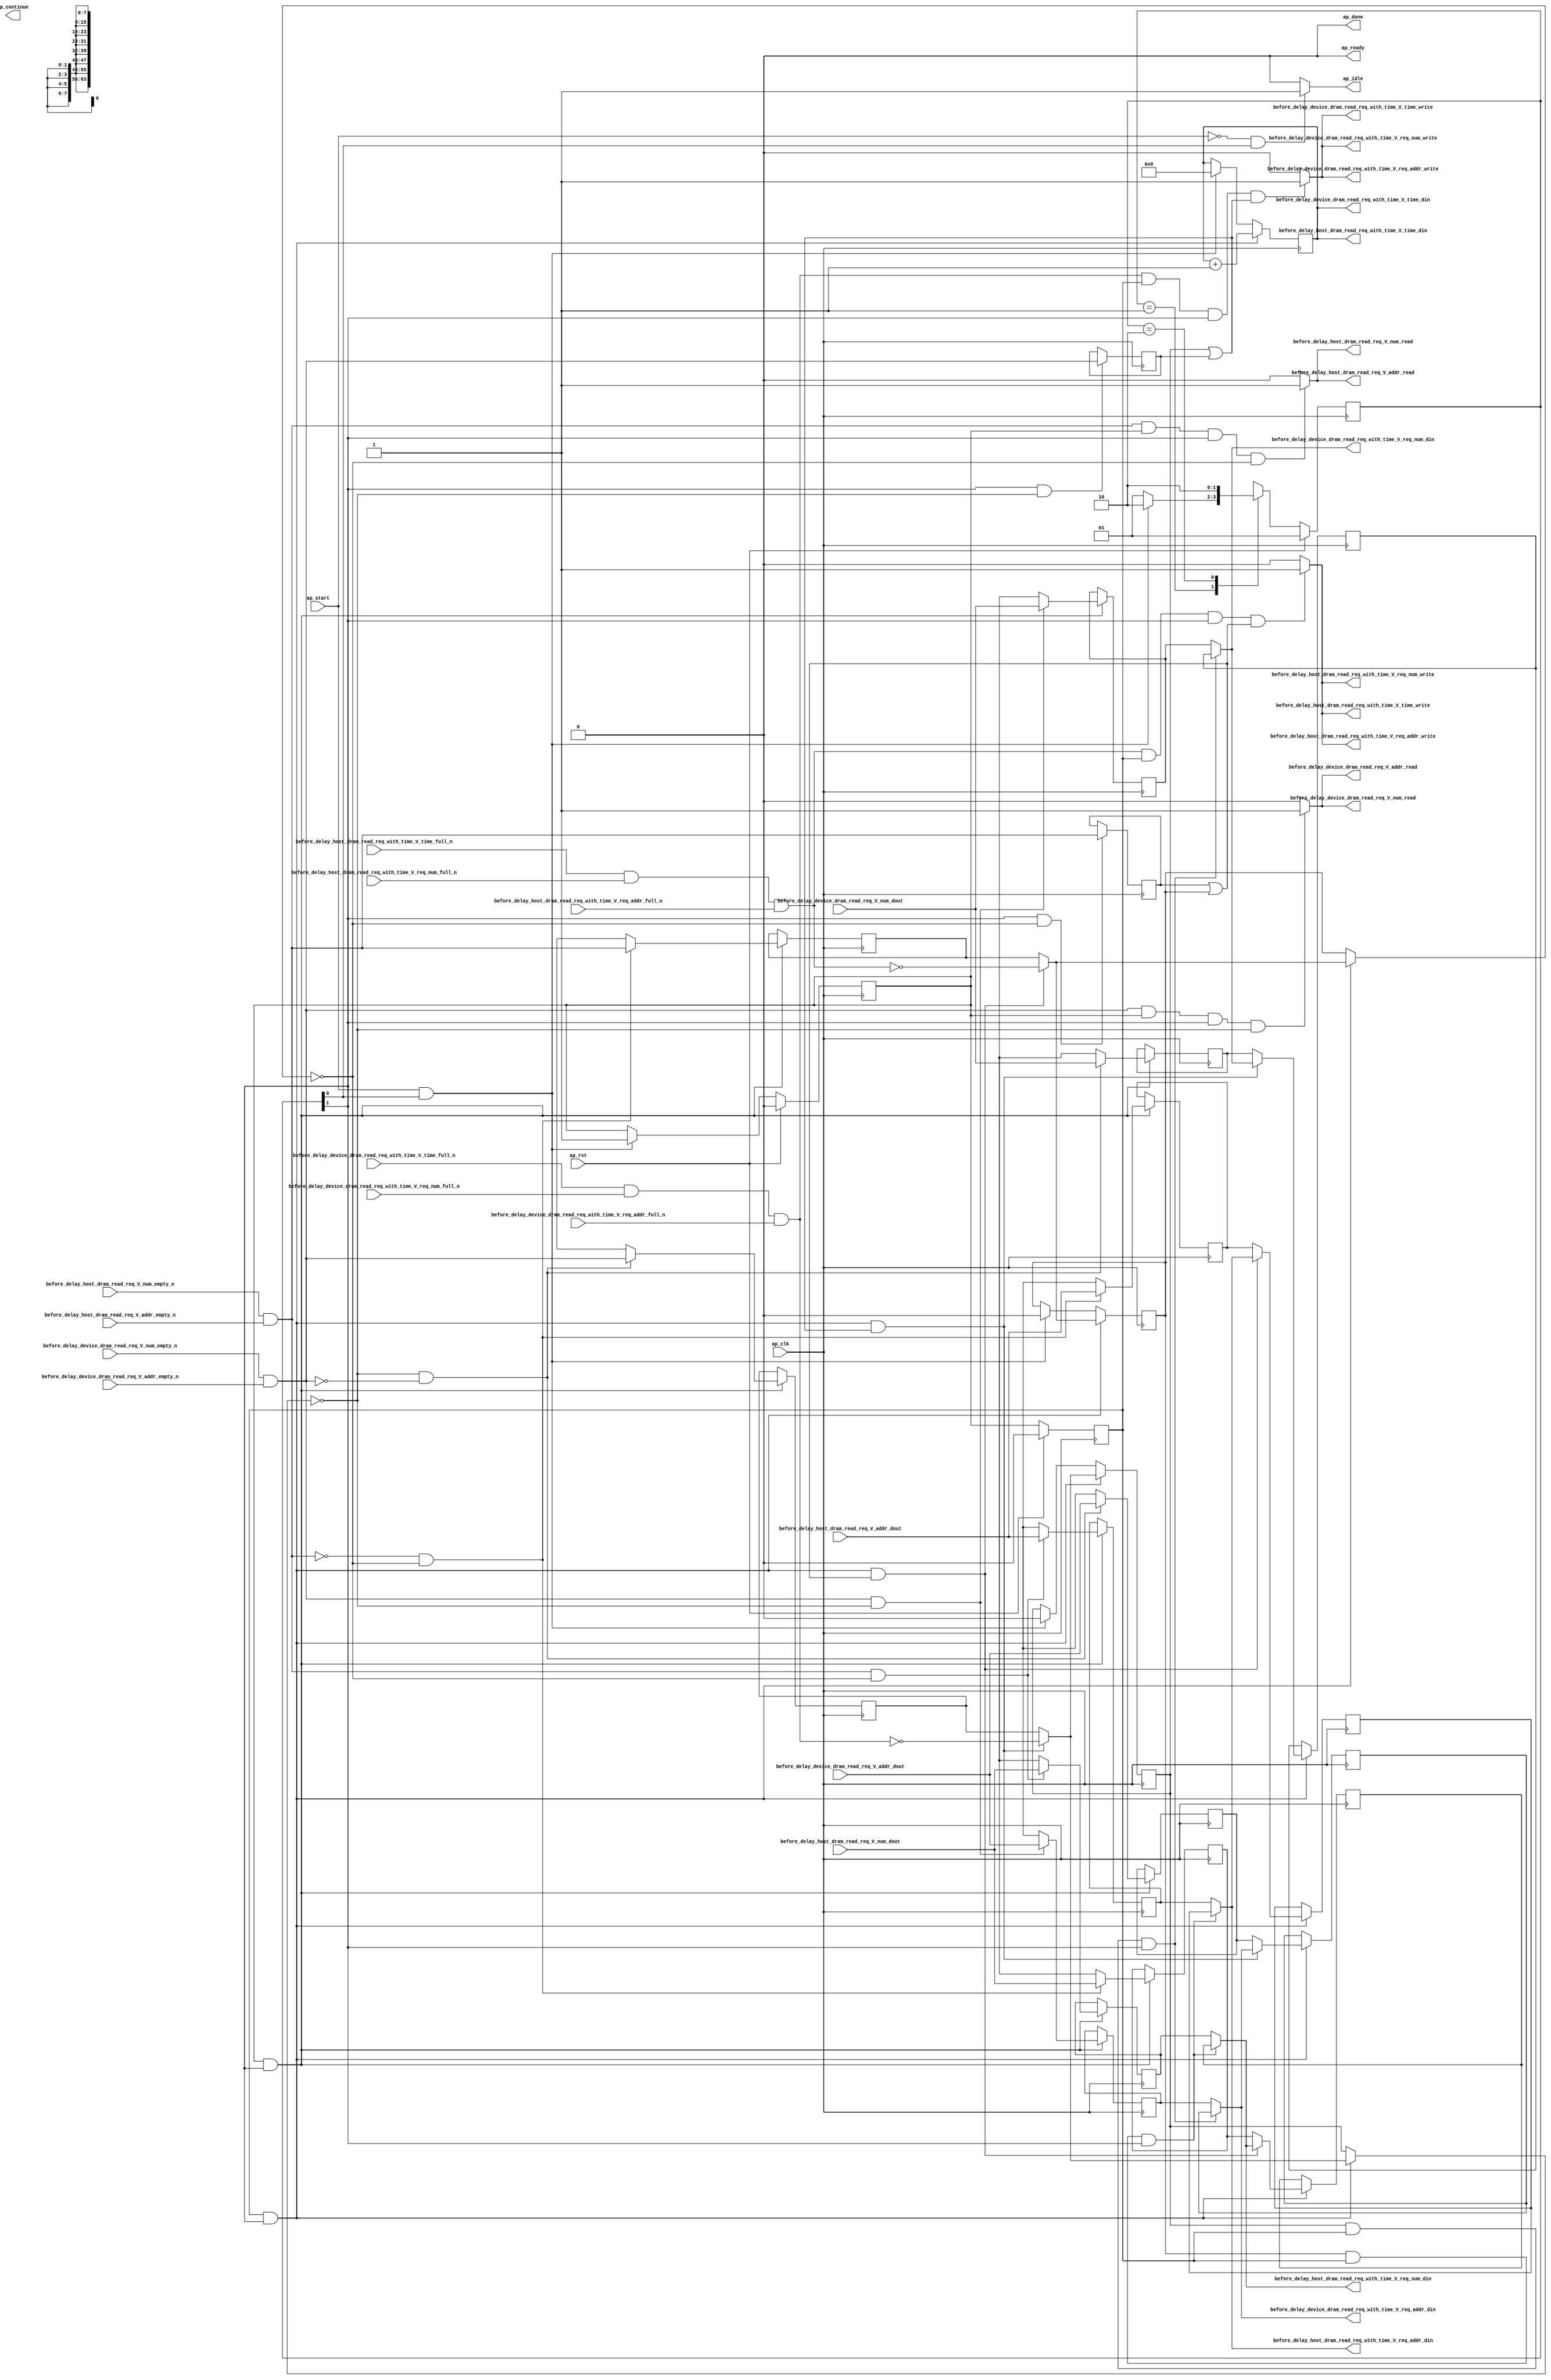
// ==============================================================
// RTL generated by Vivado(TM) HLS - High-Level Synthesis from C, C++ and SystemC
// Version: 2017.4.op
// Copyright (C) 1986-2018 Xilinx, Inc. All Rights Reserved.
// 
// ===========================================================

`timescale 1 ns / 1 ps 

(* CORE_GENERATION_INFO="dram_read_req_time_marker,hls_ip_2017_4_op,{HLS_INPUT_TYPE=cxx,HLS_INPUT_FLOAT=0,HLS_INPUT_FIXED=0,HLS_INPUT_PART=xcvu9p-flgb2104-2-i,HLS_INPUT_CLOCK=4.000000,HLS_INPUT_ARCH=others,HLS_SYN_CLOCK=2.997000,HLS_SYN_LAT=-1,HLS_SYN_TPT=none,HLS_SYN_MEM=0,HLS_SYN_DSP=0,HLS_SYN_FF=506,HLS_SYN_LUT=392}" *)

module dram_read_req_time_marker (
        ap_clk,
        ap_rst,
        ap_start,
        ap_done,
ap_continue,
        ap_idle,
        ap_ready,
        before_delay_host_dram_read_req_V_num_dout,
        before_delay_host_dram_read_req_V_num_empty_n,
        before_delay_host_dram_read_req_V_num_read,
        before_delay_host_dram_read_req_V_addr_dout,
        before_delay_host_dram_read_req_V_addr_empty_n,
        before_delay_host_dram_read_req_V_addr_read,
        before_delay_host_dram_read_req_with_time_V_req_num_din,
        before_delay_host_dram_read_req_with_time_V_req_num_full_n,
        before_delay_host_dram_read_req_with_time_V_req_num_write,
        before_delay_host_dram_read_req_with_time_V_req_addr_din,
        before_delay_host_dram_read_req_with_time_V_req_addr_full_n,
        before_delay_host_dram_read_req_with_time_V_req_addr_write,
        before_delay_host_dram_read_req_with_time_V_time_din,
        before_delay_host_dram_read_req_with_time_V_time_full_n,
        before_delay_host_dram_read_req_with_time_V_time_write,
        before_delay_device_dram_read_req_V_num_dout,
        before_delay_device_dram_read_req_V_num_empty_n,
        before_delay_device_dram_read_req_V_num_read,
        before_delay_device_dram_read_req_V_addr_dout,
        before_delay_device_dram_read_req_V_addr_empty_n,
        before_delay_device_dram_read_req_V_addr_read,
        before_delay_device_dram_read_req_with_time_V_req_num_din,
        before_delay_device_dram_read_req_with_time_V_req_num_full_n,
        before_delay_device_dram_read_req_with_time_V_req_num_write,
        before_delay_device_dram_read_req_with_time_V_req_addr_din,
        before_delay_device_dram_read_req_with_time_V_req_addr_full_n,
        before_delay_device_dram_read_req_with_time_V_req_addr_write,
        before_delay_device_dram_read_req_with_time_V_time_din,
        before_delay_device_dram_read_req_with_time_V_time_full_n,
        before_delay_device_dram_read_req_with_time_V_time_write
);

parameter    ap_ST_fsm_state1 = 2'd1;
parameter    ap_ST_fsm_pp0_stage0 = 2'd2;

input   ap_clk;
input   ap_rst;
input   ap_start;
output   ap_done;
output   ap_idle;
output ap_ready; output ap_continue;
input  [7:0] before_delay_host_dram_read_req_V_num_dout;
input   before_delay_host_dram_read_req_V_num_empty_n;
output   before_delay_host_dram_read_req_V_num_read;
input  [63:0] before_delay_host_dram_read_req_V_addr_dout;
input   before_delay_host_dram_read_req_V_addr_empty_n;
output   before_delay_host_dram_read_req_V_addr_read;
output  [7:0] before_delay_host_dram_read_req_with_time_V_req_num_din;
input   before_delay_host_dram_read_req_with_time_V_req_num_full_n;
output   before_delay_host_dram_read_req_with_time_V_req_num_write;
output  [63:0] before_delay_host_dram_read_req_with_time_V_req_addr_din;
input   before_delay_host_dram_read_req_with_time_V_req_addr_full_n;
output   before_delay_host_dram_read_req_with_time_V_req_addr_write;
output  [63:0] before_delay_host_dram_read_req_with_time_V_time_din;
input   before_delay_host_dram_read_req_with_time_V_time_full_n;
output   before_delay_host_dram_read_req_with_time_V_time_write;
input  [7:0] before_delay_device_dram_read_req_V_num_dout;
input   before_delay_device_dram_read_req_V_num_empty_n;
output   before_delay_device_dram_read_req_V_num_read;
input  [63:0] before_delay_device_dram_read_req_V_addr_dout;
input   before_delay_device_dram_read_req_V_addr_empty_n;
output   before_delay_device_dram_read_req_V_addr_read;
output  [7:0] before_delay_device_dram_read_req_with_time_V_req_num_din;
input   before_delay_device_dram_read_req_with_time_V_req_num_full_n;
output   before_delay_device_dram_read_req_with_time_V_req_num_write;
output  [63:0] before_delay_device_dram_read_req_with_time_V_req_addr_din;
input   before_delay_device_dram_read_req_with_time_V_req_addr_full_n;
output   before_delay_device_dram_read_req_with_time_V_req_addr_write;
output  [63:0] before_delay_device_dram_read_req_with_time_V_time_din;
input   before_delay_device_dram_read_req_with_time_V_time_full_n;
output   before_delay_device_dram_read_req_with_time_V_time_write;

reg ap_idle;

(* fsm_encoding = "none" *) reg   [1:0] ap_CS_fsm;
wire    ap_CS_fsm_state1;
reg   [0:0] valid_host_read_req_reg_228;
reg   [0:0] valid_device_read_req_reg_240;
reg   [63:0] p_09_1_s_reg_252;
reg   [7:0] p_09_0_s_reg_263;
reg   [63:0] p_0_1_s_reg_274;
reg   [7:0] p_0_0_s_reg_285;
reg   [63:0] read_req_with_time_time_reg_296;
wire   [0:0] empty_n_4_fu_423_p1;
reg   [0:0] empty_n_4_reg_467;
wire    ap_CS_fsm_pp0_stage0;
wire    ap_block_state2_pp0_stage0_iter0;
wire    ap_block_state3_pp0_stage0_iter1;
wire    ap_block_pp0_stage0_11001;
reg   [0:0] ap_phi_mux_valid_host_read_req_phi_fu_232_p4;
wire   [0:0] empty_n_5_fu_435_p1;
reg   [0:0] empty_n_5_reg_484;
reg   [0:0] ap_phi_mux_valid_device_read_req_phi_fu_244_p4;
wire   [63:0] time_fu_447_p2;
reg    ap_enable_reg_pp0_iter1;
reg    ap_enable_reg_pp0_iter0;
wire    ap_block_pp0_stage0_subdone;
reg   [0:0] ap_phi_mux_valid_host_read_req_2_phi_fu_359_p4;
wire    ap_block_pp0_stage0;
reg   [0:0] ap_phi_mux_valid_device_read_req_2_phi_fu_416_p4;
reg   [63:0] ap_phi_mux_p_09_1_2_phi_fu_392_p4;
reg   [7:0] ap_phi_mux_p_09_0_2_phi_fu_404_p4;
reg   [63:0] ap_phi_mux_p_0_1_2_phi_fu_335_p4;
reg   [7:0] ap_phi_mux_p_0_0_2_phi_fu_347_p4;
reg   [63:0] ap_phi_mux_read_req_with_time_req_addr_phi_fu_312_p4;
reg   [63:0] ap_phi_reg_pp0_iter1_read_req_with_time_req_addr_reg_309;
wire   [63:0] ap_phi_reg_pp0_iter0_read_req_with_time_req_addr_reg_309;
reg   [7:0] ap_phi_mux_read_req_with_time_req_num_phi_fu_323_p4;
reg   [7:0] ap_phi_reg_pp0_iter1_read_req_with_time_req_num_reg_320;
wire   [7:0] ap_phi_reg_pp0_iter0_read_req_with_time_req_num_reg_320;
reg   [63:0] ap_phi_reg_pp0_iter1_p_0_1_2_reg_331;
wire   [63:0] ap_phi_reg_pp0_iter0_p_0_1_2_reg_331;
reg   [7:0] ap_phi_reg_pp0_iter1_p_0_0_2_reg_343;
wire   [7:0] ap_phi_reg_pp0_iter0_p_0_0_2_reg_343;
wire   [0:0] not_full_n_i_fu_453_p2;
reg   [0:0] ap_phi_reg_pp0_iter1_valid_host_read_req_2_reg_355;
wire   [0:0] ap_phi_reg_pp0_iter0_valid_host_read_req_2_reg_355;
reg   [63:0] ap_phi_mux_read_req_with_time_req_addr_1_phi_fu_369_p4;
reg   [63:0] ap_phi_reg_pp0_iter1_read_req_with_time_req_addr_1_reg_366;
wire   [63:0] ap_phi_reg_pp0_iter0_read_req_with_time_req_addr_1_reg_366;
reg   [7:0] ap_phi_mux_read_req_with_time_req_num_1_phi_fu_380_p4;
reg   [7:0] ap_phi_reg_pp0_iter1_read_req_with_time_req_num_1_reg_377;
wire   [7:0] ap_phi_reg_pp0_iter0_read_req_with_time_req_num_1_reg_377;
reg   [63:0] ap_phi_reg_pp0_iter1_p_09_1_2_reg_388;
wire   [63:0] ap_phi_reg_pp0_iter0_p_09_1_2_reg_388;
reg   [7:0] ap_phi_reg_pp0_iter1_p_09_0_2_reg_400;
wire   [7:0] ap_phi_reg_pp0_iter0_p_09_0_2_reg_400;
wire   [0:0] not_full_n_i5_fu_460_p2;
reg   [0:0] ap_phi_reg_pp0_iter1_valid_device_read_req_2_reg_412;
wire   [0:0] ap_phi_reg_pp0_iter0_valid_device_read_req_2_reg_412;
reg    before_delay_host_dram_read_req_V_num0_update;
wire   [0:0] empty_n_nbread_fu_186_p3_0;
reg    before_delay_device_dram_read_req_V_num0_update;
wire   [0:0] empty_n_1_nbread_fu_194_p3_0;
reg    before_delay_host_dram_read_req_with_time_V_time1_update;
wire   [0:0] full_n_nbwrite_fu_202_p7;
wire    ap_block_pp0_stage0_01001;
reg    before_delay_device_dram_read_req_with_time_V_time1_update;
wire   [0:0] full_n_1_nbwrite_fu_215_p7;
reg   [1:0] ap_NS_fsm;
reg    ap_idle_pp0;
wire    ap_enable_pp0;
reg    ap_condition_164;

// power-on initialization
initial begin
#0 ap_CS_fsm = 2'd1;
#0 ap_enable_reg_pp0_iter1 = 1'b0;
#0 ap_enable_reg_pp0_iter0 = 1'b0;
end

always @ (posedge ap_clk) begin
    if (ap_rst == 1'b1) begin
        ap_CS_fsm <= ap_ST_fsm_state1;
    end else begin
        ap_CS_fsm <= ap_NS_fsm;
    end
end

always @ (posedge ap_clk) begin
    if (ap_rst == 1'b1) begin
        ap_enable_reg_pp0_iter0 <= 1'b0;
    end else begin
        if (((ap_start == 1'b1) & (1'b1 == ap_CS_fsm_state1))) begin
            ap_enable_reg_pp0_iter0 <= 1'b1;
        end
    end
end

always @ (posedge ap_clk) begin
    if (ap_rst == 1'b1) begin
        ap_enable_reg_pp0_iter1 <= 1'b0;
    end else begin
        if ((1'b0 == ap_block_pp0_stage0_subdone)) begin
            ap_enable_reg_pp0_iter1 <= ap_enable_reg_pp0_iter0;
        end else if (((ap_start == 1'b1) & (1'b1 == ap_CS_fsm_state1))) begin
            ap_enable_reg_pp0_iter1 <= 1'b0;
        end
    end
end

always @ (posedge ap_clk) begin
    if ((1'b1 == ap_condition_164)) begin
        if (((ap_phi_mux_valid_device_read_req_phi_fu_244_p4 == 1'd0) & (empty_n_5_fu_435_p1 == 1'd0))) begin
            ap_phi_reg_pp0_iter1_p_09_0_2_reg_400 <= before_delay_device_dram_read_req_V_num_dout;
        end else if ((1'b1 == 1'b1)) begin
            ap_phi_reg_pp0_iter1_p_09_0_2_reg_400 <= ap_phi_reg_pp0_iter0_p_09_0_2_reg_400;
        end
    end
end

always @ (posedge ap_clk) begin
    if ((1'b1 == ap_condition_164)) begin
        if (((ap_phi_mux_valid_device_read_req_phi_fu_244_p4 == 1'd0) & (empty_n_5_fu_435_p1 == 1'd0))) begin
            ap_phi_reg_pp0_iter1_p_09_1_2_reg_388 <= before_delay_device_dram_read_req_V_addr_dout;
        end else if ((1'b1 == 1'b1)) begin
            ap_phi_reg_pp0_iter1_p_09_1_2_reg_388 <= ap_phi_reg_pp0_iter0_p_09_1_2_reg_388;
        end
    end
end

always @ (posedge ap_clk) begin
    if ((1'b1 == ap_condition_164)) begin
        if (((empty_n_4_fu_423_p1 == 1'd0) & (ap_phi_mux_valid_host_read_req_phi_fu_232_p4 == 1'd0))) begin
            ap_phi_reg_pp0_iter1_p_0_0_2_reg_343 <= before_delay_host_dram_read_req_V_num_dout;
        end else if ((1'b1 == 1'b1)) begin
            ap_phi_reg_pp0_iter1_p_0_0_2_reg_343 <= ap_phi_reg_pp0_iter0_p_0_0_2_reg_343;
        end
    end
end

always @ (posedge ap_clk) begin
    if ((1'b1 == ap_condition_164)) begin
        if (((empty_n_4_fu_423_p1 == 1'd0) & (ap_phi_mux_valid_host_read_req_phi_fu_232_p4 == 1'd0))) begin
            ap_phi_reg_pp0_iter1_p_0_1_2_reg_331 <= before_delay_host_dram_read_req_V_addr_dout;
        end else if ((1'b1 == 1'b1)) begin
            ap_phi_reg_pp0_iter1_p_0_1_2_reg_331 <= ap_phi_reg_pp0_iter0_p_0_1_2_reg_331;
        end
    end
end

always @ (posedge ap_clk) begin
    if ((1'b1 == ap_condition_164)) begin
        if (((empty_n_5_fu_435_p1 == 1'd1) & (ap_phi_mux_valid_device_read_req_phi_fu_244_p4 == 1'd0))) begin
            ap_phi_reg_pp0_iter1_read_req_with_time_req_addr_1_reg_366 <= before_delay_device_dram_read_req_V_addr_dout;
        end else if ((1'b1 == 1'b1)) begin
            ap_phi_reg_pp0_iter1_read_req_with_time_req_addr_1_reg_366 <= ap_phi_reg_pp0_iter0_read_req_with_time_req_addr_1_reg_366;
        end
    end
end

always @ (posedge ap_clk) begin
    if ((1'b1 == ap_condition_164)) begin
        if (((empty_n_4_fu_423_p1 == 1'd1) & (ap_phi_mux_valid_host_read_req_phi_fu_232_p4 == 1'd0))) begin
            ap_phi_reg_pp0_iter1_read_req_with_time_req_addr_reg_309 <= before_delay_host_dram_read_req_V_addr_dout;
        end else if ((1'b1 == 1'b1)) begin
            ap_phi_reg_pp0_iter1_read_req_with_time_req_addr_reg_309 <= ap_phi_reg_pp0_iter0_read_req_with_time_req_addr_reg_309;
        end
    end
end

always @ (posedge ap_clk) begin
    if ((1'b1 == ap_condition_164)) begin
        if (((empty_n_5_fu_435_p1 == 1'd1) & (ap_phi_mux_valid_device_read_req_phi_fu_244_p4 == 1'd0))) begin
            ap_phi_reg_pp0_iter1_read_req_with_time_req_num_1_reg_377 <= before_delay_device_dram_read_req_V_num_dout;
        end else if ((1'b1 == 1'b1)) begin
            ap_phi_reg_pp0_iter1_read_req_with_time_req_num_1_reg_377 <= ap_phi_reg_pp0_iter0_read_req_with_time_req_num_1_reg_377;
        end
    end
end

always @ (posedge ap_clk) begin
    if ((1'b1 == ap_condition_164)) begin
        if (((empty_n_4_fu_423_p1 == 1'd1) & (ap_phi_mux_valid_host_read_req_phi_fu_232_p4 == 1'd0))) begin
            ap_phi_reg_pp0_iter1_read_req_with_time_req_num_reg_320 <= before_delay_host_dram_read_req_V_num_dout;
        end else if ((1'b1 == 1'b1)) begin
            ap_phi_reg_pp0_iter1_read_req_with_time_req_num_reg_320 <= ap_phi_reg_pp0_iter0_read_req_with_time_req_num_reg_320;
        end
    end
end

always @ (posedge ap_clk) begin
    if ((1'b1 == ap_condition_164)) begin
        if (((ap_phi_mux_valid_device_read_req_phi_fu_244_p4 == 1'd0) & (empty_n_5_fu_435_p1 == 1'd0))) begin
            ap_phi_reg_pp0_iter1_valid_device_read_req_2_reg_412 <= empty_n_1_nbread_fu_194_p3_0;
        end else if ((1'b1 == 1'b1)) begin
            ap_phi_reg_pp0_iter1_valid_device_read_req_2_reg_412 <= ap_phi_reg_pp0_iter0_valid_device_read_req_2_reg_412;
        end
    end
end

always @ (posedge ap_clk) begin
    if ((1'b1 == ap_condition_164)) begin
        if (((empty_n_4_fu_423_p1 == 1'd0) & (ap_phi_mux_valid_host_read_req_phi_fu_232_p4 == 1'd0))) begin
            ap_phi_reg_pp0_iter1_valid_host_read_req_2_reg_355 <= empty_n_nbread_fu_186_p3_0;
        end else if ((1'b1 == 1'b1)) begin
            ap_phi_reg_pp0_iter1_valid_host_read_req_2_reg_355 <= ap_phi_reg_pp0_iter0_valid_host_read_req_2_reg_355;
        end
    end
end

always @ (posedge ap_clk) begin
    if (((ap_enable_reg_pp0_iter1 == 1'b1) & (1'b1 == ap_CS_fsm_pp0_stage0) & (1'b0 == ap_block_pp0_stage0_11001))) begin
        read_req_with_time_time_reg_296 <= time_fu_447_p2;
    end else if (((ap_start == 1'b1) & (1'b1 == ap_CS_fsm_state1))) begin
        read_req_with_time_time_reg_296 <= 64'd0;
    end
end

always @ (posedge ap_clk) begin
    if (((ap_enable_reg_pp0_iter1 == 1'b1) & (1'b1 == ap_CS_fsm_pp0_stage0) & (1'b0 == ap_block_pp0_stage0_11001))) begin
        valid_device_read_req_reg_240 <= ap_phi_mux_valid_device_read_req_2_phi_fu_416_p4;
    end else if (((ap_start == 1'b1) & (1'b1 == ap_CS_fsm_state1))) begin
        valid_device_read_req_reg_240 <= 1'd0;
    end
end

always @ (posedge ap_clk) begin
    if (((ap_enable_reg_pp0_iter1 == 1'b1) & (1'b1 == ap_CS_fsm_pp0_stage0) & (1'b0 == ap_block_pp0_stage0_11001))) begin
        valid_host_read_req_reg_228 <= ap_phi_mux_valid_host_read_req_2_phi_fu_359_p4;
    end else if (((ap_start == 1'b1) & (1'b1 == ap_CS_fsm_state1))) begin
        valid_host_read_req_reg_228 <= 1'd0;
    end
end

always @ (posedge ap_clk) begin
    if (((1'b1 == ap_CS_fsm_pp0_stage0) & (ap_phi_mux_valid_host_read_req_phi_fu_232_p4 == 1'd0) & (1'b0 == ap_block_pp0_stage0_11001))) begin
        empty_n_4_reg_467 <= empty_n_nbread_fu_186_p3_0;
    end
end

always @ (posedge ap_clk) begin
    if (((1'b1 == ap_CS_fsm_pp0_stage0) & (ap_phi_mux_valid_device_read_req_phi_fu_244_p4 == 1'd0) & (1'b0 == ap_block_pp0_stage0_11001))) begin
        empty_n_5_reg_484 <= empty_n_1_nbread_fu_194_p3_0;
    end
end

always @ (posedge ap_clk) begin
    if (((ap_enable_reg_pp0_iter1 == 1'b1) & (1'b1 == ap_CS_fsm_pp0_stage0) & (1'b0 == ap_block_pp0_stage0_11001))) begin
        p_09_0_s_reg_263 <= ap_phi_mux_p_09_0_2_phi_fu_404_p4;
        p_09_1_s_reg_252 <= ap_phi_mux_p_09_1_2_phi_fu_392_p4;
        p_0_0_s_reg_285 <= ap_phi_mux_p_0_0_2_phi_fu_347_p4;
        p_0_1_s_reg_274 <= ap_phi_mux_p_0_1_2_phi_fu_335_p4;
    end
end

always @ (*) begin
    if (((ap_start == 1'b0) & (1'b1 == ap_CS_fsm_state1))) begin
        ap_idle = 1'b1;
    end else begin
        ap_idle = 1'b0;
    end
end

always @ (*) begin
    if (((ap_enable_reg_pp0_iter0 == 1'b0) & (ap_enable_reg_pp0_iter1 == 1'b0))) begin
        ap_idle_pp0 = 1'b1;
    end else begin
        ap_idle_pp0 = 1'b0;
    end
end

always @ (*) begin
    if (((ap_enable_reg_pp0_iter1 == 1'b1) & (1'b1 == ap_CS_fsm_pp0_stage0) & (1'b0 == ap_block_pp0_stage0) & ((valid_device_read_req_reg_240 == 1'd1) | (empty_n_5_reg_484 == 1'd1)))) begin
        ap_phi_mux_p_09_0_2_phi_fu_404_p4 = ap_phi_mux_read_req_with_time_req_num_1_phi_fu_380_p4;
    end else begin
        ap_phi_mux_p_09_0_2_phi_fu_404_p4 = ap_phi_reg_pp0_iter1_p_09_0_2_reg_400;
    end
end

always @ (*) begin
    if (((ap_enable_reg_pp0_iter1 == 1'b1) & (1'b1 == ap_CS_fsm_pp0_stage0) & (1'b0 == ap_block_pp0_stage0) & ((valid_device_read_req_reg_240 == 1'd1) | (empty_n_5_reg_484 == 1'd1)))) begin
        ap_phi_mux_p_09_1_2_phi_fu_392_p4 = ap_phi_mux_read_req_with_time_req_addr_1_phi_fu_369_p4;
    end else begin
        ap_phi_mux_p_09_1_2_phi_fu_392_p4 = ap_phi_reg_pp0_iter1_p_09_1_2_reg_388;
    end
end

always @ (*) begin
    if (((ap_enable_reg_pp0_iter1 == 1'b1) & (1'b1 == ap_CS_fsm_pp0_stage0) & (1'b0 == ap_block_pp0_stage0) & ((empty_n_4_reg_467 == 1'd1) | (valid_host_read_req_reg_228 == 1'd1)))) begin
        ap_phi_mux_p_0_0_2_phi_fu_347_p4 = ap_phi_mux_read_req_with_time_req_num_phi_fu_323_p4;
    end else begin
        ap_phi_mux_p_0_0_2_phi_fu_347_p4 = ap_phi_reg_pp0_iter1_p_0_0_2_reg_343;
    end
end

always @ (*) begin
    if (((ap_enable_reg_pp0_iter1 == 1'b1) & (1'b1 == ap_CS_fsm_pp0_stage0) & (1'b0 == ap_block_pp0_stage0) & ((empty_n_4_reg_467 == 1'd1) | (valid_host_read_req_reg_228 == 1'd1)))) begin
        ap_phi_mux_p_0_1_2_phi_fu_335_p4 = ap_phi_mux_read_req_with_time_req_addr_phi_fu_312_p4;
    end else begin
        ap_phi_mux_p_0_1_2_phi_fu_335_p4 = ap_phi_reg_pp0_iter1_p_0_1_2_reg_331;
    end
end

always @ (*) begin
    if (((valid_device_read_req_reg_240 == 1'd1) & (ap_enable_reg_pp0_iter1 == 1'b1) & (1'b1 == ap_CS_fsm_pp0_stage0) & (1'b0 == ap_block_pp0_stage0))) begin
        ap_phi_mux_read_req_with_time_req_addr_1_phi_fu_369_p4 = p_09_1_s_reg_252;
    end else begin
        ap_phi_mux_read_req_with_time_req_addr_1_phi_fu_369_p4 = ap_phi_reg_pp0_iter1_read_req_with_time_req_addr_1_reg_366;
    end
end

always @ (*) begin
    if (((valid_host_read_req_reg_228 == 1'd1) & (ap_enable_reg_pp0_iter1 == 1'b1) & (1'b1 == ap_CS_fsm_pp0_stage0) & (1'b0 == ap_block_pp0_stage0))) begin
        ap_phi_mux_read_req_with_time_req_addr_phi_fu_312_p4 = p_0_1_s_reg_274;
    end else begin
        ap_phi_mux_read_req_with_time_req_addr_phi_fu_312_p4 = ap_phi_reg_pp0_iter1_read_req_with_time_req_addr_reg_309;
    end
end

always @ (*) begin
    if (((valid_device_read_req_reg_240 == 1'd1) & (ap_enable_reg_pp0_iter1 == 1'b1) & (1'b1 == ap_CS_fsm_pp0_stage0) & (1'b0 == ap_block_pp0_stage0))) begin
        ap_phi_mux_read_req_with_time_req_num_1_phi_fu_380_p4 = p_09_0_s_reg_263;
    end else begin
        ap_phi_mux_read_req_with_time_req_num_1_phi_fu_380_p4 = ap_phi_reg_pp0_iter1_read_req_with_time_req_num_1_reg_377;
    end
end

always @ (*) begin
    if (((valid_host_read_req_reg_228 == 1'd1) & (ap_enable_reg_pp0_iter1 == 1'b1) & (1'b1 == ap_CS_fsm_pp0_stage0) & (1'b0 == ap_block_pp0_stage0))) begin
        ap_phi_mux_read_req_with_time_req_num_phi_fu_323_p4 = p_0_0_s_reg_285;
    end else begin
        ap_phi_mux_read_req_with_time_req_num_phi_fu_323_p4 = ap_phi_reg_pp0_iter1_read_req_with_time_req_num_reg_320;
    end
end

always @ (*) begin
    if (((ap_enable_reg_pp0_iter1 == 1'b1) & (1'b1 == ap_CS_fsm_pp0_stage0) & (1'b0 == ap_block_pp0_stage0) & ((valid_device_read_req_reg_240 == 1'd1) | (empty_n_5_reg_484 == 1'd1)))) begin
        ap_phi_mux_valid_device_read_req_2_phi_fu_416_p4 = not_full_n_i5_fu_460_p2;
    end else begin
        ap_phi_mux_valid_device_read_req_2_phi_fu_416_p4 = ap_phi_reg_pp0_iter1_valid_device_read_req_2_reg_412;
    end
end

always @ (*) begin
    if (((ap_enable_reg_pp0_iter1 == 1'b1) & (1'b1 == ap_CS_fsm_pp0_stage0) & (1'b0 == ap_block_pp0_stage0))) begin
        ap_phi_mux_valid_device_read_req_phi_fu_244_p4 = ap_phi_mux_valid_device_read_req_2_phi_fu_416_p4;
    end else begin
        ap_phi_mux_valid_device_read_req_phi_fu_244_p4 = valid_device_read_req_reg_240;
    end
end

always @ (*) begin
    if (((ap_enable_reg_pp0_iter1 == 1'b1) & (1'b1 == ap_CS_fsm_pp0_stage0) & (1'b0 == ap_block_pp0_stage0) & ((empty_n_4_reg_467 == 1'd1) | (valid_host_read_req_reg_228 == 1'd1)))) begin
        ap_phi_mux_valid_host_read_req_2_phi_fu_359_p4 = not_full_n_i_fu_453_p2;
    end else begin
        ap_phi_mux_valid_host_read_req_2_phi_fu_359_p4 = ap_phi_reg_pp0_iter1_valid_host_read_req_2_reg_355;
    end
end

always @ (*) begin
    if (((ap_enable_reg_pp0_iter1 == 1'b1) & (1'b1 == ap_CS_fsm_pp0_stage0) & (1'b0 == ap_block_pp0_stage0))) begin
        ap_phi_mux_valid_host_read_req_phi_fu_232_p4 = ap_phi_mux_valid_host_read_req_2_phi_fu_359_p4;
    end else begin
        ap_phi_mux_valid_host_read_req_phi_fu_232_p4 = valid_host_read_req_reg_228;
    end
end

always @ (*) begin
    if ((((before_delay_device_dram_read_req_V_num_empty_n & before_delay_device_dram_read_req_V_addr_empty_n) == 1'b1) & (ap_enable_reg_pp0_iter0 == 1'b1) & (1'b1 == ap_CS_fsm_pp0_stage0) & (ap_phi_mux_valid_device_read_req_phi_fu_244_p4 == 1'd0) & (1'b0 == ap_block_pp0_stage0_11001))) begin
        before_delay_device_dram_read_req_V_num0_update = 1'b1;
    end else begin
        before_delay_device_dram_read_req_V_num0_update = 1'b0;
    end
end

always @ (*) begin
    if ((((before_delay_device_dram_read_req_with_time_V_time_full_n & before_delay_device_dram_read_req_with_time_V_req_num_full_n & before_delay_device_dram_read_req_with_time_V_req_addr_full_n) == 1'b1) & (ap_enable_reg_pp0_iter1 == 1'b1) & (1'b1 == ap_CS_fsm_pp0_stage0) & (1'b0 == ap_block_pp0_stage0_11001) & ((valid_device_read_req_reg_240 == 1'd1) | (empty_n_5_reg_484 == 1'd1)))) begin
        before_delay_device_dram_read_req_with_time_V_time1_update = 1'b1;
    end else begin
        before_delay_device_dram_read_req_with_time_V_time1_update = 1'b0;
    end
end

always @ (*) begin
    if ((((before_delay_host_dram_read_req_V_num_empty_n & before_delay_host_dram_read_req_V_addr_empty_n) == 1'b1) & (ap_enable_reg_pp0_iter0 == 1'b1) & (1'b1 == ap_CS_fsm_pp0_stage0) & (ap_phi_mux_valid_host_read_req_phi_fu_232_p4 == 1'd0) & (1'b0 == ap_block_pp0_stage0_11001))) begin
        before_delay_host_dram_read_req_V_num0_update = 1'b1;
    end else begin
        before_delay_host_dram_read_req_V_num0_update = 1'b0;
    end
end

always @ (*) begin
    if ((((before_delay_host_dram_read_req_with_time_V_time_full_n & before_delay_host_dram_read_req_with_time_V_req_num_full_n & before_delay_host_dram_read_req_with_time_V_req_addr_full_n) == 1'b1) & (ap_enable_reg_pp0_iter1 == 1'b1) & (1'b1 == ap_CS_fsm_pp0_stage0) & (1'b0 == ap_block_pp0_stage0_11001) & ((empty_n_4_reg_467 == 1'd1) | (valid_host_read_req_reg_228 == 1'd1)))) begin
        before_delay_host_dram_read_req_with_time_V_time1_update = 1'b1;
    end else begin
        before_delay_host_dram_read_req_with_time_V_time1_update = 1'b0;
    end
end

always @ (*) begin
    case (ap_CS_fsm)
        ap_ST_fsm_state1 : begin
            if (((ap_start == 1'b1) & (1'b1 == ap_CS_fsm_state1))) begin
                ap_NS_fsm = ap_ST_fsm_pp0_stage0;
            end else begin
                ap_NS_fsm = ap_ST_fsm_state1;
            end
        end
        ap_ST_fsm_pp0_stage0 : begin
            ap_NS_fsm = ap_ST_fsm_pp0_stage0;
        end
        default : begin
            ap_NS_fsm = 'bx;
        end
    endcase
end

assign ap_CS_fsm_pp0_stage0 = ap_CS_fsm[32'd1];

assign ap_CS_fsm_state1 = ap_CS_fsm[32'd0];

assign ap_block_pp0_stage0 = ~(1'b1 == 1'b1);

assign ap_block_pp0_stage0_01001 = ~(1'b1 == 1'b1);

assign ap_block_pp0_stage0_11001 = ~(1'b1 == 1'b1);

assign ap_block_pp0_stage0_subdone = ~(1'b1 == 1'b1);

assign ap_block_state2_pp0_stage0_iter0 = ~(1'b1 == 1'b1);

assign ap_block_state3_pp0_stage0_iter1 = ~(1'b1 == 1'b1);

always @ (*) begin
    ap_condition_164 = ((ap_enable_reg_pp0_iter0 == 1'b1) & (1'b1 == ap_CS_fsm_pp0_stage0) & (1'b0 == ap_block_pp0_stage0_11001));
end

assign ap_done = 1'b0;

assign ap_enable_pp0 = (ap_idle_pp0 ^ 1'b1);

assign ap_phi_reg_pp0_iter0_p_09_0_2_reg_400 = 'bx;

assign ap_phi_reg_pp0_iter0_p_09_1_2_reg_388 = 'bx;

assign ap_phi_reg_pp0_iter0_p_0_0_2_reg_343 = 'bx;

assign ap_phi_reg_pp0_iter0_p_0_1_2_reg_331 = 'bx;

assign ap_phi_reg_pp0_iter0_read_req_with_time_req_addr_1_reg_366 = 'bx;

assign ap_phi_reg_pp0_iter0_read_req_with_time_req_addr_reg_309 = 'bx;

assign ap_phi_reg_pp0_iter0_read_req_with_time_req_num_1_reg_377 = 'bx;

assign ap_phi_reg_pp0_iter0_read_req_with_time_req_num_reg_320 = 'bx;

assign ap_phi_reg_pp0_iter0_valid_device_read_req_2_reg_412 = 'bx;

assign ap_phi_reg_pp0_iter0_valid_host_read_req_2_reg_355 = 'bx;

assign ap_ready = 1'b0;

assign before_delay_device_dram_read_req_V_addr_read = before_delay_device_dram_read_req_V_num0_update;

assign before_delay_device_dram_read_req_V_num_read = before_delay_device_dram_read_req_V_num0_update;

assign before_delay_device_dram_read_req_with_time_V_req_addr_din = ap_phi_mux_read_req_with_time_req_addr_1_phi_fu_369_p4;

assign before_delay_device_dram_read_req_with_time_V_req_addr_write = before_delay_device_dram_read_req_with_time_V_time1_update;

assign before_delay_device_dram_read_req_with_time_V_req_num_din = ap_phi_mux_read_req_with_time_req_num_1_phi_fu_380_p4;

assign before_delay_device_dram_read_req_with_time_V_req_num_write = before_delay_device_dram_read_req_with_time_V_time1_update;

assign before_delay_device_dram_read_req_with_time_V_time_din = read_req_with_time_time_reg_296;

assign before_delay_device_dram_read_req_with_time_V_time_write = before_delay_device_dram_read_req_with_time_V_time1_update;

assign before_delay_host_dram_read_req_V_addr_read = before_delay_host_dram_read_req_V_num0_update;

assign before_delay_host_dram_read_req_V_num_read = before_delay_host_dram_read_req_V_num0_update;

assign before_delay_host_dram_read_req_with_time_V_req_addr_din = ap_phi_mux_read_req_with_time_req_addr_phi_fu_312_p4;

assign before_delay_host_dram_read_req_with_time_V_req_addr_write = before_delay_host_dram_read_req_with_time_V_time1_update;

assign before_delay_host_dram_read_req_with_time_V_req_num_din = ap_phi_mux_read_req_with_time_req_num_phi_fu_323_p4;

assign before_delay_host_dram_read_req_with_time_V_req_num_write = before_delay_host_dram_read_req_with_time_V_time1_update;

assign before_delay_host_dram_read_req_with_time_V_time_din = read_req_with_time_time_reg_296;

assign before_delay_host_dram_read_req_with_time_V_time_write = before_delay_host_dram_read_req_with_time_V_time1_update;

assign empty_n_1_nbread_fu_194_p3_0 = (before_delay_device_dram_read_req_V_num_empty_n & before_delay_device_dram_read_req_V_addr_empty_n);

assign empty_n_4_fu_423_p1 = empty_n_nbread_fu_186_p3_0;

assign empty_n_5_fu_435_p1 = empty_n_1_nbread_fu_194_p3_0;

assign empty_n_nbread_fu_186_p3_0 = (before_delay_host_dram_read_req_V_num_empty_n & before_delay_host_dram_read_req_V_addr_empty_n);

assign full_n_1_nbwrite_fu_215_p7 = (before_delay_device_dram_read_req_with_time_V_time_full_n & before_delay_device_dram_read_req_with_time_V_req_num_full_n & before_delay_device_dram_read_req_with_time_V_req_addr_full_n);

assign full_n_nbwrite_fu_202_p7 = (before_delay_host_dram_read_req_with_time_V_time_full_n & before_delay_host_dram_read_req_with_time_V_req_num_full_n & before_delay_host_dram_read_req_with_time_V_req_addr_full_n);

assign not_full_n_i5_fu_460_p2 = (full_n_1_nbwrite_fu_215_p7 ^ 1'd1);

assign not_full_n_i_fu_453_p2 = (full_n_nbwrite_fu_202_p7 ^ 1'd1);

assign time_fu_447_p2 = (read_req_with_time_time_reg_296 + 64'd1);

endmodule //dram_read_req_time_marker